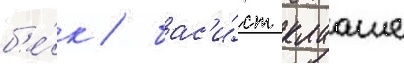
б'е́к / бас'и́ст клааше